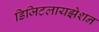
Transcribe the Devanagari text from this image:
डिजिटलायझेशन